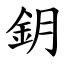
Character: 鈅